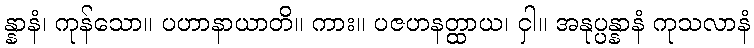
န္နာနံ၊ ကုန်သော။ ပဟာနာယာတိ။ ကား။ ပဇဟနတ္ထာယ၊ ငှါ။ အနုပ္ပန္နာနံ ကုသလာနံ